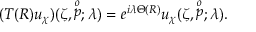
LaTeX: ( T ( R ) u _ { \chi } ) ( \zeta , \stackrel { o } { p } ; \lambda ) = e ^ { i \lambda \Theta ( R ) } u _ { \chi } ( \zeta , \stackrel { o } { p } ; \lambda ) .